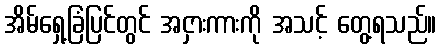
အိမ်ရှေ့ခြံပြင်တွင် အငှားကားကို အသင့် တွေ့ရသည်။